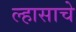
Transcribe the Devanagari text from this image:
ल्हासाचे